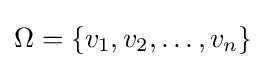
\Omega =\{v_{1},v_{2},\dots ,v_{n}\}